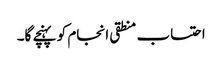
احتساب منطقی انجام کو پہنچے گا۔